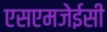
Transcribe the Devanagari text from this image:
एसएमजेईसी